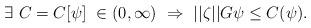
LaTeX: \begin{align*} \exists \ C = C[\psi] \ \in (0,\infty) \ \Rightarrow \ ||\zeta||G\psi \le C(\psi).\end{align*}